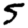
Digit: 5